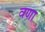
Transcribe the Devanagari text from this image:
वणा